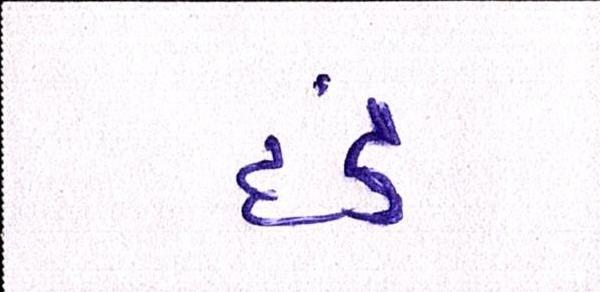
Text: દંડ